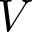
V